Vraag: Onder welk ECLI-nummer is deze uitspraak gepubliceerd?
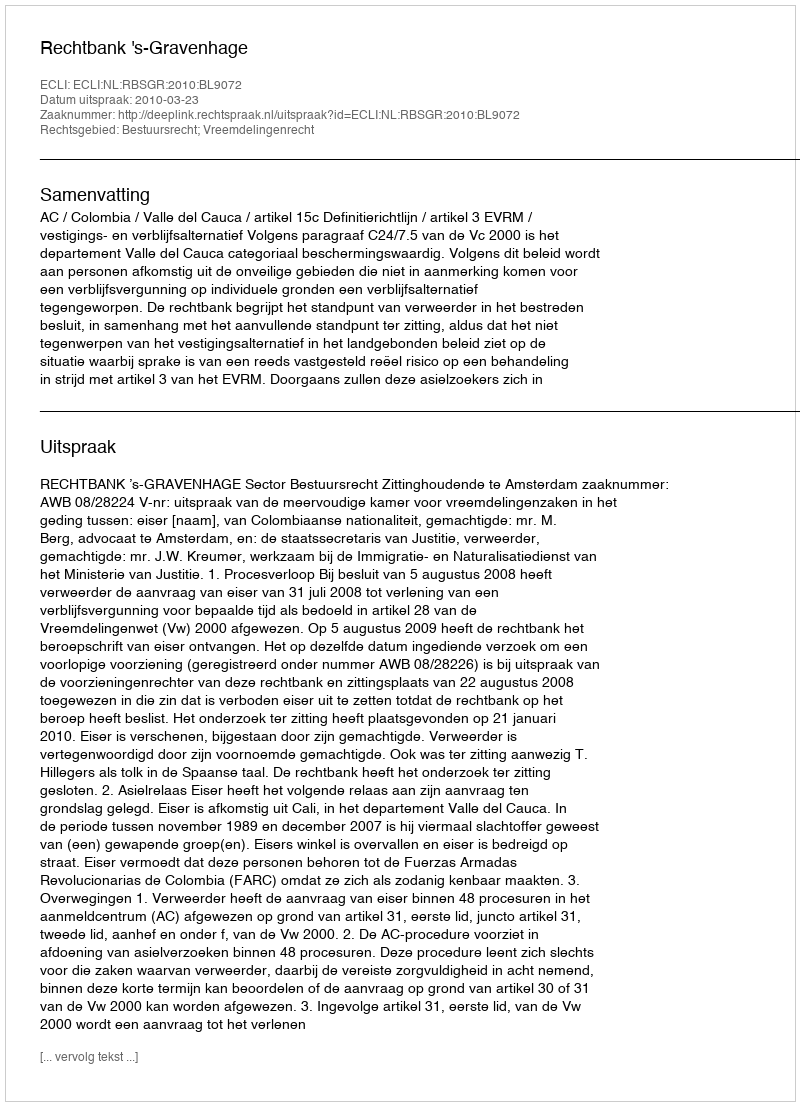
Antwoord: ECLI:NL:RBSGR:2010:BL9072